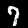
Digit: 7